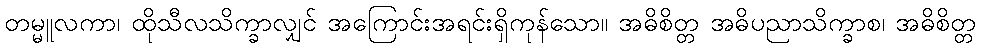
တမ္မူလကာ၊ ထိုသီလသိက္ခာလျှင် အကြောင်းအရင်းရှိကုန်သော။ အဓိစိတ္တ အဓိပညာသိက္ခာစ၊ အဓိစိတ္တ